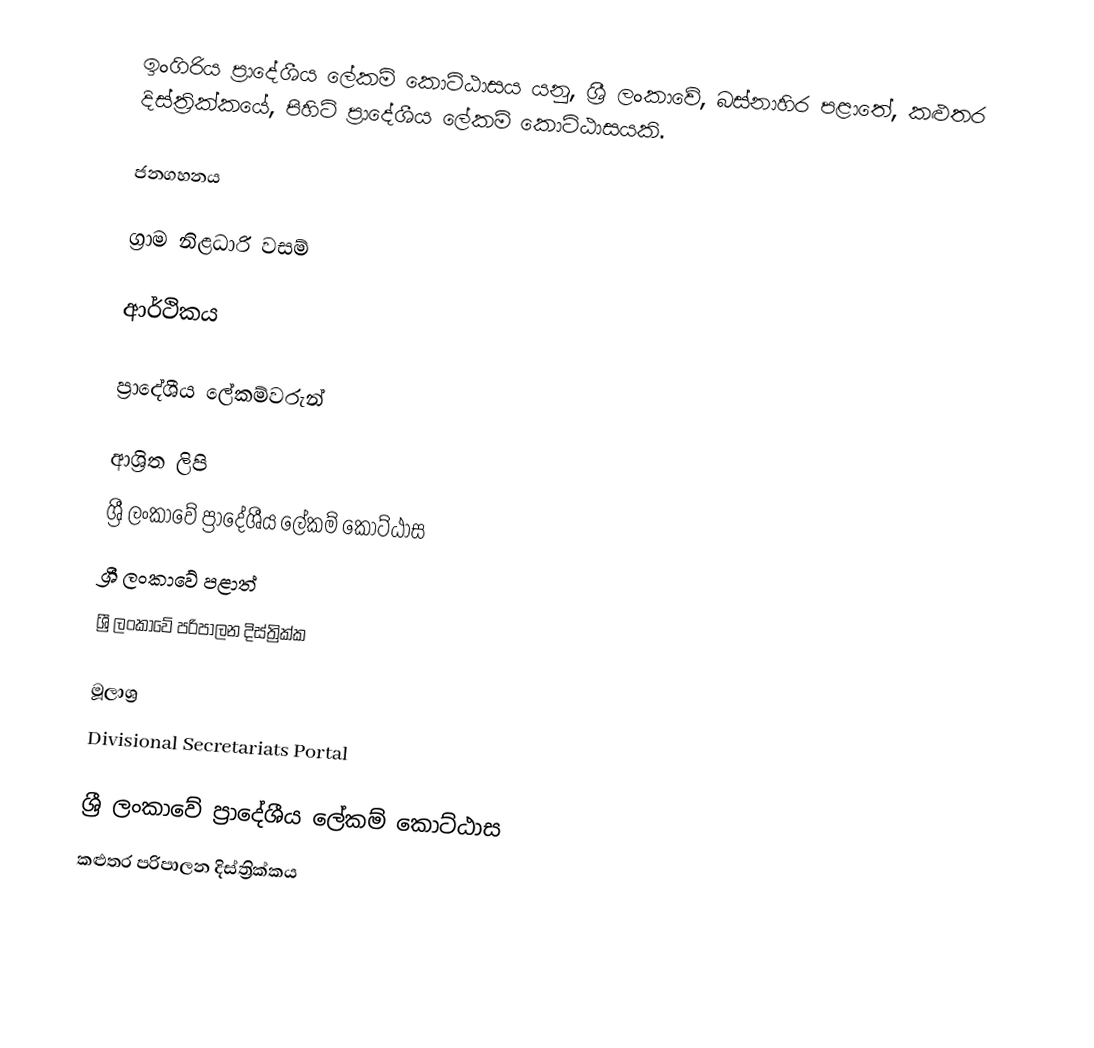
ඉංගිරිය ප්‍රාදේශීය ලේකම් කොට්ඨාසය යනු,  ශ්‍රී ලංකාවේ, බස්නාහිර පළාතේ,   කළුතර දිස්ත්‍රික්කයේ, පිහිටි ප්‍රාදේශීය ලේකම් කොට්ඨාසයකි.

ජනගහනය

ග්‍රාම නිළධාරි වසම්

ආර්ථිකය

ප්‍රාදේශීය ලේකම්වරුන්

ආශ්‍රිත ලිපි
ශ්‍රී ලංකාවේ ප්‍රාදේශීය ලේකම් කොට්ඨාස
ශ්‍රී ලංකාවේ පළාත්
ශ්‍රී ලංකාවේ පරිපාලන දිස්ත්‍රික්ක

මූලාශ්‍ර
 Divisional Secretariats Portal

ශ්‍රී ලංකාවේ ප්‍රාදේශීය ලේකම් කොට්ඨාස
කළුතර පරිපාලන දිස්ත්‍රික්කය